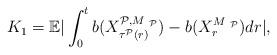
LaTeX: \begin{align*}K_1=\mathbb{E}\vert\int_{0}^{t}b({X}^{{{{\mathcal{P}} }},{M_{ {\ \mathcal{P}}}}}_{\tau^{{{\mathcal{P}} }}(r)})-b({X}^{M_{ {\ \mathcal{P}} }}_{r})dr\vert,\end{align*}